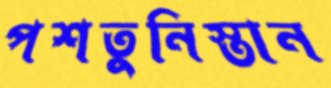
পশতুনিস্তান